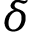
\delta